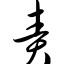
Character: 责